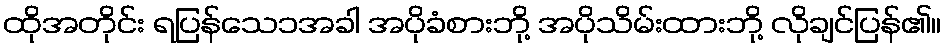
ထိုအတိုင်း ရပြန်သေ၁အခါ အပိုခံစားဘို့ အပိုသိမ်းထားဘို့ လိုချင်ပြန်၏။